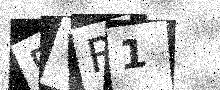
Text: 5VR1